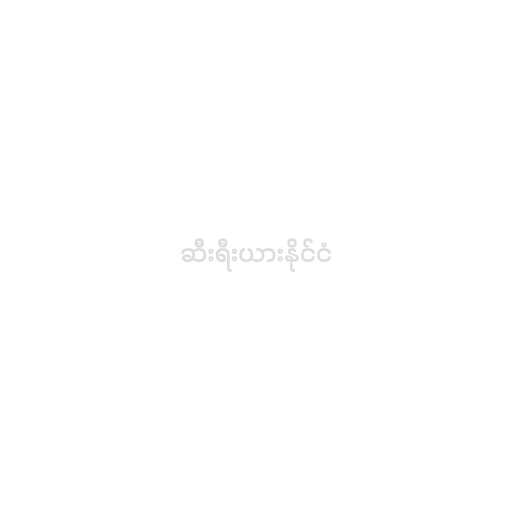
ဆီးရီးယားနိုင်ငံ